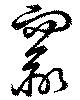
窬